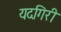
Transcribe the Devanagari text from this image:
यदगिरी